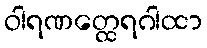
ဝါရဏတ္ထေရဂါထာ